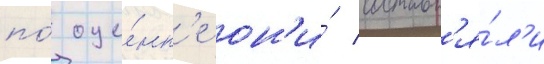
по́ оце́нк'е он'и́ составл'я́л'и